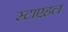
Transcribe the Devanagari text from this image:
स्टाएहल